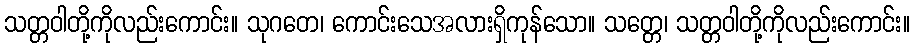
သတ္တဝါတို့ကိုလည်းကောင်း။ သုဂတေ၊ ကောင်းသေအလားရှိကုန်သော။ သတ္တေ၊ သတ္တဝါတို့ကိုလည်းကောင်း။